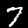
Label: 7